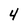
Character: 4